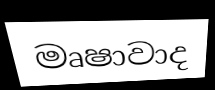
මෘෂාවාද